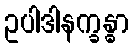
ဥပါဒါနက္ခန္ဓာ